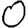
Digit: 0